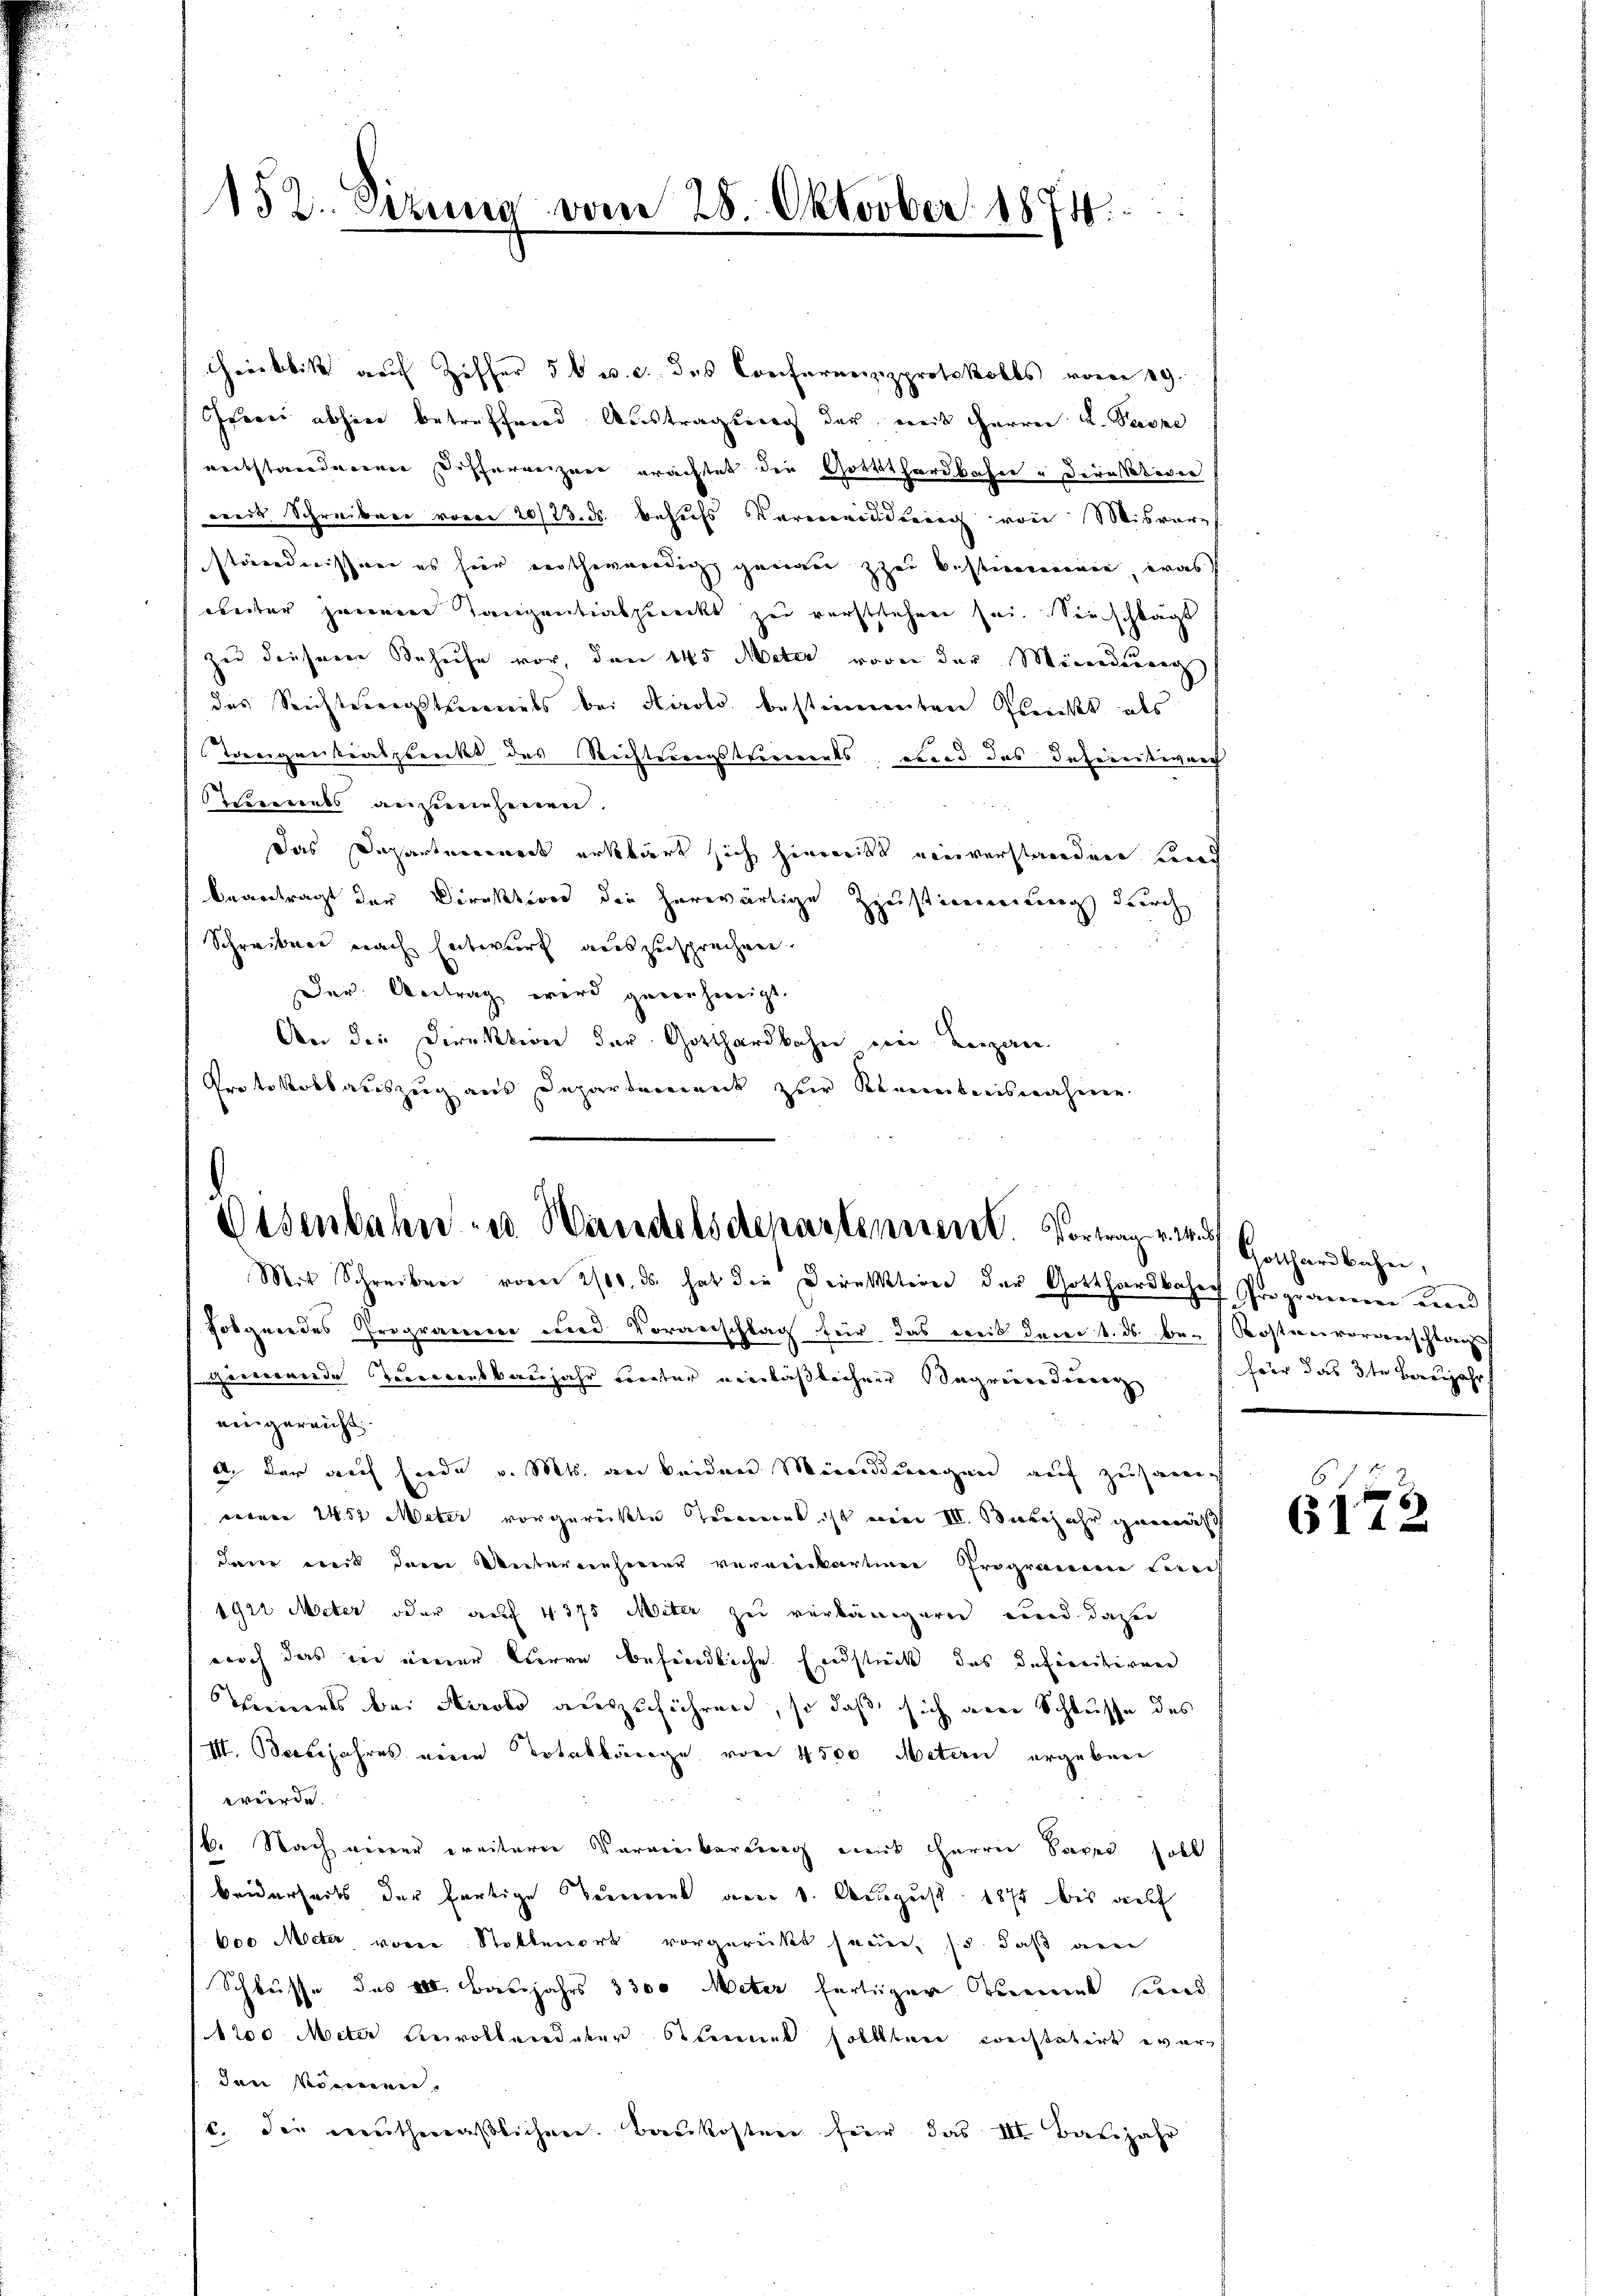
152. Sizung vom 28. Oktober 1874.

Gröblik auf Ziffer 5 v. c des Conferenzprotokolls vom 19.
Iferei abhier betreffend Austragserg der weit Herren L. Pässe
reitstandenen Differenzen erachtet die Grottthardbahn - Direktiven
weit Schreiben von 20/23. ds. behufs Vermeidung von Misverpf
ständnissen es für nothwendig genau zu bestimmen, was
beiter jenem Tanzentiabzuecks zu verststehen sei. Seinschkagt
zu dieser Behufe vor, den 145 Meter vor der Minderung
das Seichterersterials bei Kirolo bestimmten Gleicht als
Toreignitiatztreckt des Richtsangstriements, ebend das Infereitiver
errents ansehenen
Das Departenweit erklärt sich hiemitt einverstanden Land
beantragt der Direktiven die herwärtige Zustimmung durch
Schreiben nach Entwurf auszusprechen.
Der: Antrag wird geweihweigt.
An die Direktion der Gotthardbahn in Beizan
Protokollauszug aus Departement zur Kenntnisnahme

Eisenbahnen Handelsdepartement. Vortrag vor Gotthardbahn,
Mit Schreiben vom 2/10. ds. hat die Direktion der Gotthardbahn Programeren werd

Folgendes Progracience und Vorverschlag für das weit dem 1. ds. be-Kostenvoranschlags
ureronerde erwendbaujahr erster verlaßbechner Tagenen Tourenz
eingereicht.
A. der auf siede v. Mts. an beiden Mineidungen auf zusammt
vernen 1452 Meter vorgereitte auront ist eine III. Babejahr gerenisch
dene weit dem Unternehmer verwickartiner Programen Zürich
1922 Meter oder auf 4375 Miter zu verlängeren wird dazu
noch das in einer Curre befindliche Endstück des Infereitiven
Theinerts bei Airolo auszuführen, so daß sich an Schlusse des
III. Babejahres eine Totaklänge von 4500 Metern ergeben
würde.
16. Nach einer weiterer Vereinbarung mit Herren Saxer soll
beiderseits der fortige Tunnel am 1. August 1872 bis auf
000 Meter vorer Stobbenort vorgerückt seine, so daß auc
Schlusse des III. Baujahrs 1300 Meter fertiger Riement send
(1200 Meter Bevollendeter Stimmel sollten Kreistatirt wer¬
Jan Vierenen
c. die neuthmaßlicher Baukosten für das III. Baŭjahr

Heer das 3ten Benjahr

6
6172